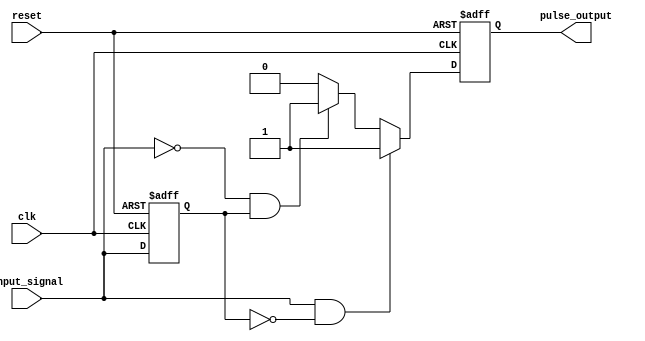
module pulse_edge_detector (
    input wire clk,                // Clock signal
    input wire reset,              // Asynchronous reset signal
    input wire input_signal,        // Input signal to detect edges
    output reg pulse_output         // Output pulse signal
);

    reg previous_state;            // Memory block to store previous state

    // Asynchronous reset and state update on clock edge
    always @(posedge clk or posedge reset) begin
        if (reset) begin
            previous_state <= 1'b0; // Reset previous state
            pulse_output <= 1'b0;    // Reset pulse output
        end else begin
            // Edge detection logic
            if (input_signal && !previous_state) begin
                // Rising edge detected
                pulse_output <= 1'b1; // Generate pulse
            end else if (!input_signal && previous_state) begin
                // Falling edge detected
                pulse_output <= 1'b1; // Generate pulse
            end else begin
                pulse_output <= 1'b0; // No edge detected
            end
            
            // Update previous state
            previous_state <= input_signal;
        end
    end

endmodule